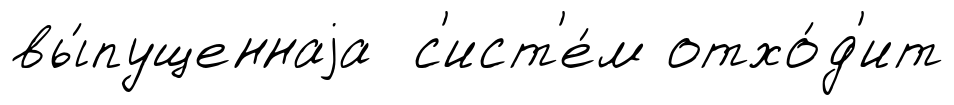
вы́пущеннаjа с'ист'е́м отхо́д'ит